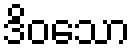
ဒိဝသော